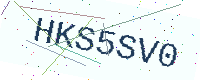
Text: HKS5SV0